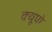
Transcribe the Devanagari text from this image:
क्यूप्रो